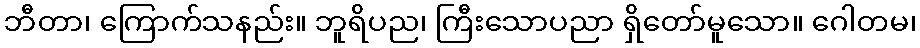
ဘီတာ၊ ကြောက်သနည်း။ ဘူရိပည၊ ကြီးသောပညာ ရှိတော်မူသော။ ဂေါတမ၊